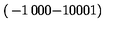
\left( \begin{matrix} { - 1 } & { 0 } & { 0 } \\ { 0 } & { - 1 } & { 0 } \\ { 0 } & { 0 } & { 1 } \\ \end{matrix} \right)